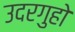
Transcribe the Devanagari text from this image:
उदरगुहो